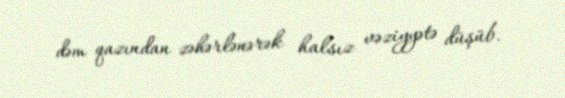
dəm qazından zəhərlənərək halsız vəziyyətə düşüb.